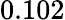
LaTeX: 0.102